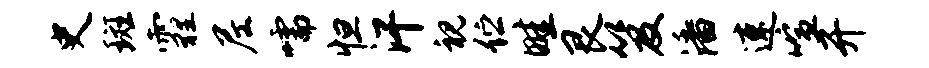
史斑霾尼嚅怛汗视伫畦艮笈潘速喧开